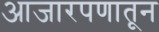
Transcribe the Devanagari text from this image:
आजारपणातून